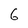
Character: 6